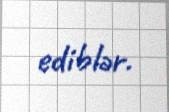
ediblər.